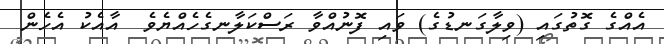
އެއްގެ ގޮތުގައި (ވިލާގަނޑުގެ) ވައި ފޮނުއްވާ ރަސްކަލާނގެހެއްޔެވެ  އާއެކު އެހެން